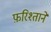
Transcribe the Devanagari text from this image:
फ़रिश्ताने